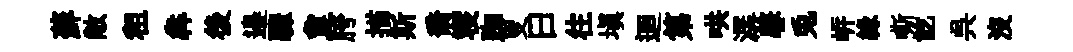
蘚敞租犇後邉驟夐胯描斯喬寝踟叟曰往塡迴第哄潺馨兎㟁縁嘶訖呉没